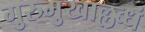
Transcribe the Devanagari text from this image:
गुरुमुखाल्लब्धं